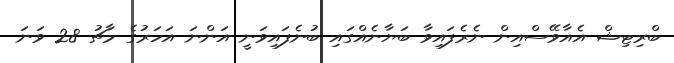
ބްރިޓިޝް އެއާވޭސްއިން ނެރެފައިވާ ބަޔާނެއްގައި ބުނެފައިވަނީ އަންނަ އަހަރުގެ މާޗު 28 ވަނަ